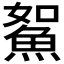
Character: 𩶯